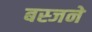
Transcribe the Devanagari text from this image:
बस्जने